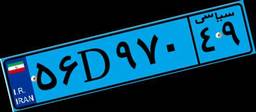
۵۶D۹۷۰۴۹